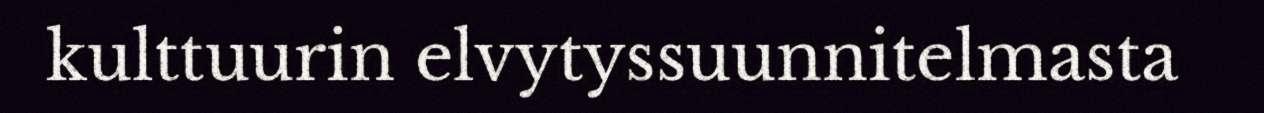
kulttuurin elvytyssuunnitelmasta